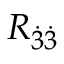
R _ { \dot { 3 } \dot { 3 } }